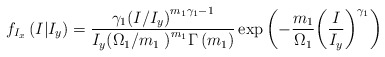
\begin{align*}{{f}_{{{I}_{x}}}}\left( I|{{I}_{y}} \right)=\frac{{{\gamma }_{1}}{{\left( I/{{I}_{y}} \right)}^{{{m}_{1}}{{\gamma }_{1}}-1}}}{{{I}_{y}}{{\left( {{{\Omega }_{1}}}/{{{m}_{1}}}\; \right)}^{{{m}_{1}}}}\Gamma \left( {{m}_{1}} \right)}\exp \left( -\frac{{{m}_{1}}}{{{\Omega }_{1}}}{{\left( \frac{I}{{{I}_{y}}} \right)}^{{{\gamma }_{1}}}} \right)\end{align*}